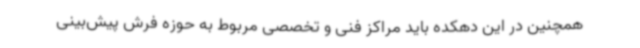
همچنین در این دهکده باید مراکز فنی و تخصصی مربوط به حوزه فرش پیش‌بینی